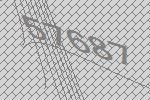
57687